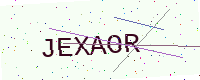
Text: JEXAOR